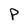
Character: P